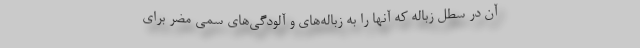
آن در سطل زباله که آنها را به زباله‌های و آلودگی‌های سمی مضر برای